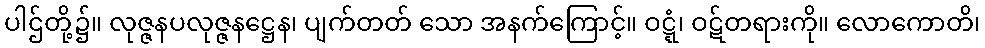
ပါဌ်တို့၌။ လုဇ္ဇနပလုဇ္ဇနဋ္ဌေန၊ ပျက်တတ် သော အနက်ကြောင့်။ ဝဋ္ဋံ၊ ဝဋ်တရားကို။ လောကောတိ၊